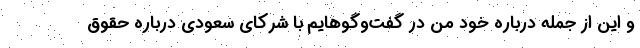
و این از جمله درباره خود من در گفت‌وگوهایم با شرکای سعودی درباره حقوق